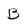
Character: B